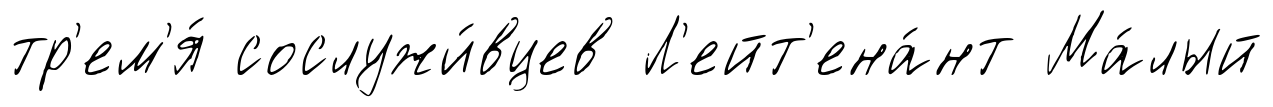
тр'ем'я́ сослужи́вцев Л'ейт'ена́нт Ма́лый